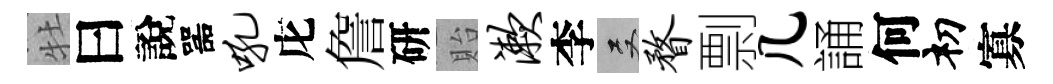
牡曰說噐吼庀詹研貽漱李双瞀剽几誦何𥘉寡